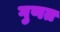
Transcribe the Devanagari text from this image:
गुणत